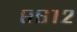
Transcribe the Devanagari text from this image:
८६१२